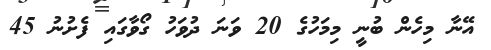
އޭނާ މިހެން ބުނީ މިމަހުގެ 20 ވަނަ ދުވަހު ގޯވާގައި ފެށުނު 45